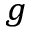
^ g